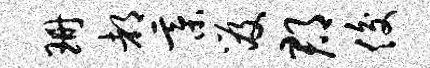
珊都綦笈郡俊